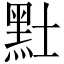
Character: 𪐢